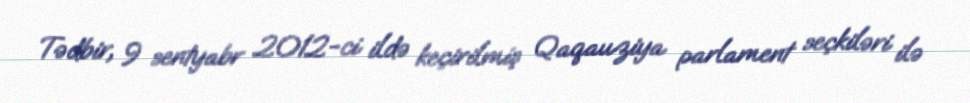
Tədbir, 9 sentyabr 2012-ci ildə keçirilmiş Qaqauziya parlament seçkiləri ilə